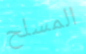
المسلح